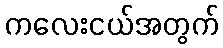
ကလေးငယ်အတွက်